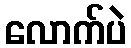
လောက်ပဲ